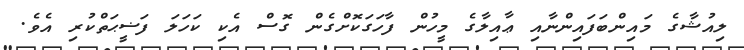
ލިއުޝާގެ މައިންބަފައިންނާއި ޢާއިލާގެ މީހުން ފާހަގަކޮށްގެން ގޮސް އެކި ކަހަލަ ފަޟީޙަތްކުރި އެވެ.